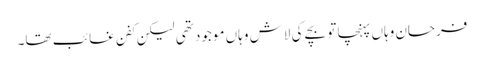
فرحان وہاں پہنچا تو بچے کی لاش وہاں موجود تھی لیکن کفن غائب تھا۔